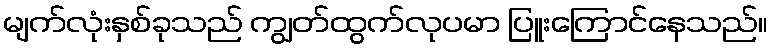
မျက်လုံးနှစ်ခုသည် ကျွတ်ထွက်လုပမာ ပြူးကြောင်နေသည်။